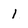
Character: I